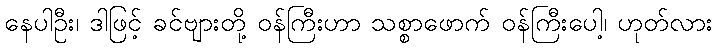
နေပါဦး၊ ဒါဖြင့် ခင်ဗျားတို့ ဝန်ကြီးဟာ သစ္စာဖောက် ဝန်ကြီးပေါ့၊ ဟုတ်လား